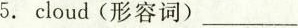
5.cloud(形容词)___